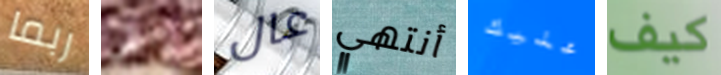
ربما واش عال أنتهي عليك كيف